Annual report on the Civil Veterinary Department, Burma (including the Insein Veterinary School) - 1923-1931
Year: 1923
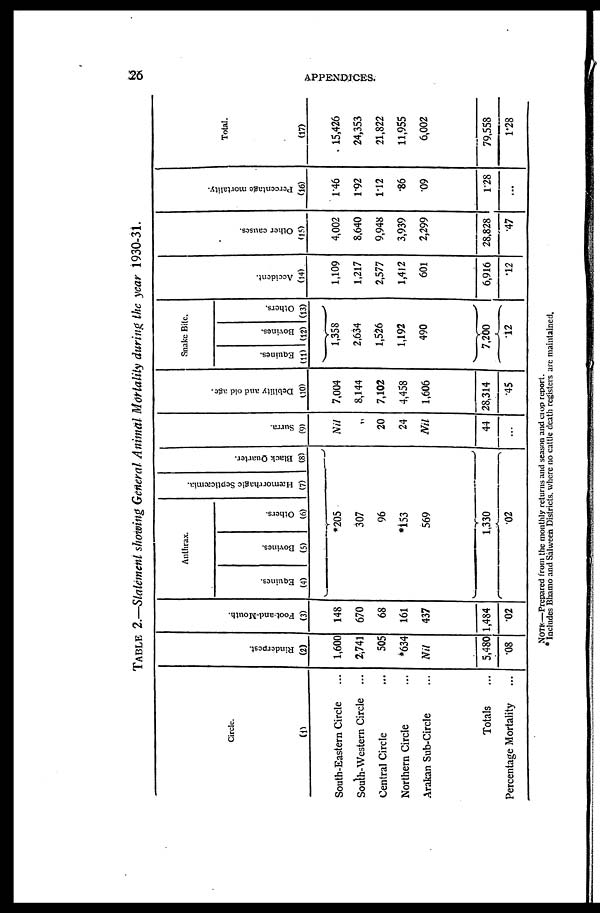
26
APPENDICES.
TABLE 2.—Statement showing General Animal Mortality during the year 1930-31.
Circle.
(1)
South-Eastern Circle ...
South-Western Circle ...
Central Circle ...
Northern Circle ...
Arakan Sub-Circle ...
Totals ...
Percentage Mortality ...
Ri nder pes t
.
(2)
1,600
2,741
505
*634
Nil
5,480
08
Foot- a nd- Mouth.
(3)
148
670
68
161
437
1,484
02
Anthrax
Equines.
(4)
Bovines.
(5)
Others
(6)
Hæmorrhagic Septicæmia.
(7)
Black Quarter.
(8)
*205
307
96
153
569
1,330
02
Surra.
(9)
Nil
...
20
24
Nil
44
...
Debility and old age.
(10)
7,004
8,144
7,102
4,458
1,606
28,314
45
Snake Bite.
Equines.
(11)
Bovines.
(12)
Others.
(13)
1,358
2,634
1,526
1,192
490
7,200
12
Accident.
(14)
1,109
1,217
2,577
1,412
601
6,916
12
Ot her causes.
(15)
4,002
8,640
9,948
3,939
2,299
28,828
47
Pe r
c e nt a ge mortality.
(16)
146
192
112
86
09
128
...
Total.
(17)
15,426
24,353
21,822
11,955
6,002
79,558
1.28
NOTE—Prepared from the monthly returns and season and stop report.
Includes Bhamo and Salween Districts, where no cattle death registers are maintained.